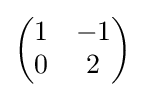
{\begin{pmatrix}1&-1\\0&2\end{pmatrix}}